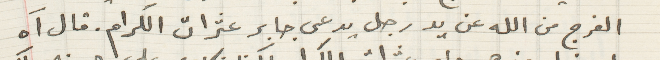
الفرج من الله عن يد رجل يدعى جابر عثرات الكرام. قال آه